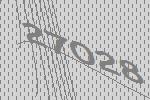
27028